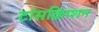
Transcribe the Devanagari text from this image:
टांसक्रिप्शन